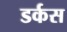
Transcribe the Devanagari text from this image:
डर्कस